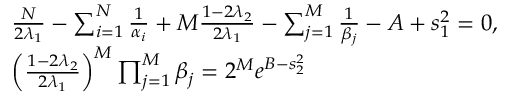
\begin{array} { r l } & { \frac { N } { 2 \lambda _ { 1 } } - \sum _ { i = 1 } ^ { N } \frac { 1 } { \alpha _ { i } } + M \frac { 1 - 2 \lambda _ { 2 } } { 2 \lambda _ { 1 } } - \sum _ { j = 1 } ^ { M } \frac { 1 } { \beta _ { j } } - A + s _ { 1 } ^ { 2 } = 0 , } \\ & { \left( \frac { 1 - 2 \lambda _ { 2 } } { 2 \lambda _ { 1 } } \right) ^ { M } \prod _ { j = 1 } ^ { M } \beta _ { j } = 2 ^ { M } e ^ { B - s _ { 2 } ^ { 2 } } } \end{array}